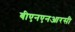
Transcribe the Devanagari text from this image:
बीएनएनआरसी